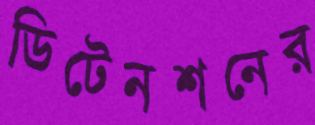
ডিটেনশনের